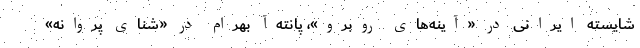
شایسته ایرانی در «آینه‌های روبرو»، پانته‌آ بهرام در «شنای پروانه»